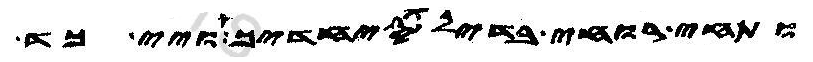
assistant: ותחי רוחי בדיל סיחדיך ויי כד